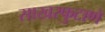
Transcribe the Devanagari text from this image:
साखरफुटाणे